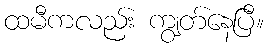
ထမီကလည်း ကျွတ်နေပြီ။